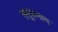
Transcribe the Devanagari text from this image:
सद्प्रभाव